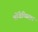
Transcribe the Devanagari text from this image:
पोंतेप्पिदान